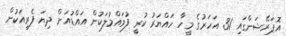
އޮޕަރޭޝަންގައި 31 އަހަރުގެ މީހާ ހައްޔަރު ކުރީ ފުވައްމުލަކުން އައްޑުއަށް ދިޔަ ފެރީއަކުން